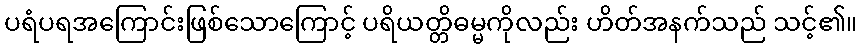
ပရံပရအကြောင်းဖြစ်သောကြောင့် ပရိယတ္တိဓမ္မကိုလည်း ဟိတ်အနက်သည် သင့်၏။